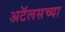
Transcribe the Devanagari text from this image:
अटॅलसच्या